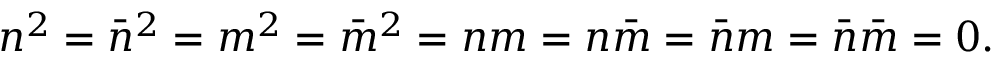
n ^ { 2 } = \bar { n } ^ { 2 } = m ^ { 2 } = \bar { m } ^ { 2 } = n m = n \bar { m } = \bar { n } m = \bar { n } \bar { m } = 0 .